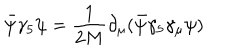
\bar { \psi } \gamma _ { 5 } \psi = \frac { 1 } { 2 M } \partial _ { \mu } ( \bar { \psi } \gamma _ { 5 } \gamma _ { \mu } \psi ) \nonumber